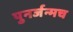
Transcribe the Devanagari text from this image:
पुनर्जन्मच